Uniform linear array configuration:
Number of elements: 48
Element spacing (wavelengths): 0.5
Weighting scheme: uniform
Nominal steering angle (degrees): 45
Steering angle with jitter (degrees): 43.339
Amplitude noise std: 0.05
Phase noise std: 0.05

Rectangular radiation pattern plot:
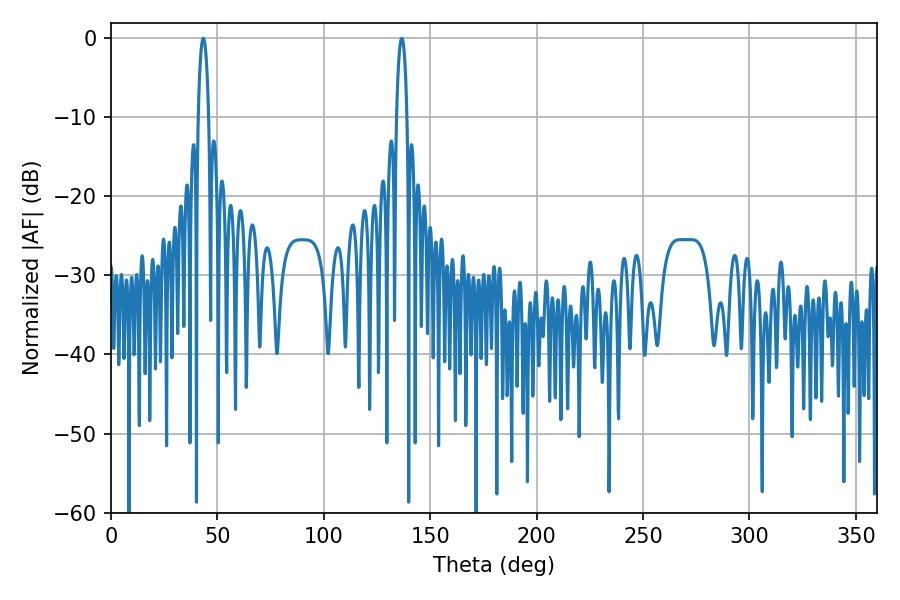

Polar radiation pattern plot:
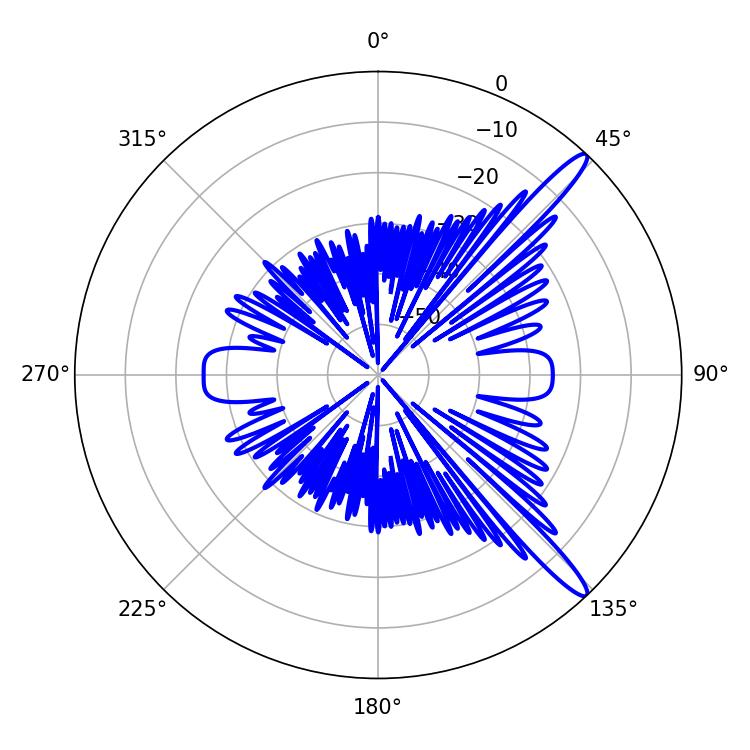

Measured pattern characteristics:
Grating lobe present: FALSE
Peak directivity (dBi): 14.093
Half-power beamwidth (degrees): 2.88
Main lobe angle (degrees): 43.38